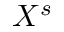
X ^ { s }